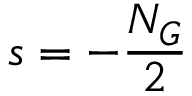
s = - \frac { N _ { G } } { 2 }